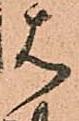
は